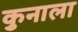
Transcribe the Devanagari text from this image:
कुनाला